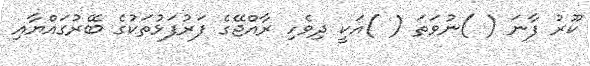
ކޫރު ފާނަ ( )ނުވަތަ ( )އަކީ ދިވެހި ރާއްޖޭގެ ފަރުފަޅުތަކުގެ ބޭރުގައްޔާއި